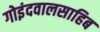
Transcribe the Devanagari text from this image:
गोइंदवालसाहिब